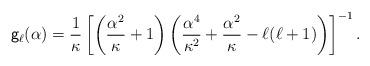
LaTeX: \begin{align*}{\sf g}_{\ell}({\alpha})=\frac{1}{\kappa}\left[\left({\frac{\alpha^2}{\kappa}+1}\right)\left(\frac{\alpha^4}{\kappa^2}+\frac{\alpha^2}{\kappa}-{\ell}({\ell}+1)\right)\right]^{-1}.\end{align*}